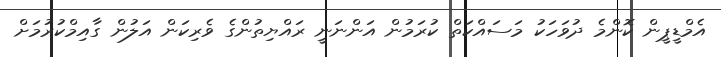
އެމްޑީޕީން ކޮންމެ ދުވަހަކު މަސައްކަތް ކުރަމުން އަންނަނީ ރައްޔިތުންގެ ވެރިކަން އަލުން ގާއިމްކުރުމަށް